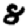
Digit: 8